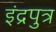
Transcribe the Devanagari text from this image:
इंद्रपुत्र